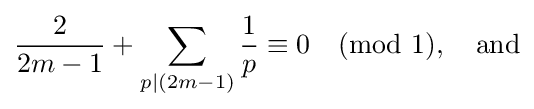
{\frac {2}{2m-1}}+\sum _{p|(2m-1)}{\frac {1}{p}}\equiv 0{\pmod {1}},\quad {\text{and}}